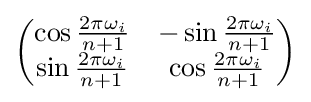
{\begin{pmatrix}\cos {\frac {2\pi \omega _{i}}{n+1}}&-\sin {\frac {2\pi \omega _{i}}{n+1}}\\\sin {\frac {2\pi \omega _{i}}{n+1}}&\cos {\frac {2\pi \omega _{i}}{n+1}}\end{pmatrix}}